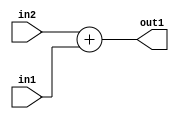
`timescale 1ps / 1ps
/*****************************************************************************
    Verilog RTL Description
    
    
    Created by: Stratus DpOpt 21.05.01 
*******************************************************************************/

module SobelFilter_Add_32Sx5U_32S_1 (
	in2,
	in1,
	out1
	); /* architecture "behavioural" */ 
input [31:0] in2;
input [4:0] in1;
output [31:0] out1;
wire [31:0] asc001;

assign asc001 = 
	+(in2)
	+(in1);

assign out1 = asc001;
endmodule

/* CADENCE  ubLzSQA= : u9/ySxbfrwZIxEzHVQQV8Q== ** DO NOT EDIT THIS LINE ******/